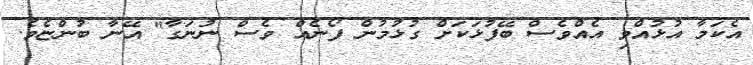
އެކަމާ އުޅުއްވި އެއްވެސް ބޭފުޅަކަށް ގުޅުމުން ފޯނެއް ވެސް ނުނަގާ" އޭނާ ބުންޏެވެ.